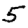
Digit: 5